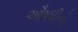
ઔષધીનો